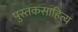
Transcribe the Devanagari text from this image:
पुस्तकसाहित्य